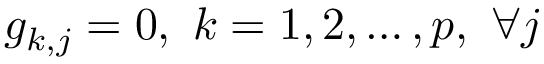
g _ { k , j } = 0 , \ k = 1 , 2 , \ldots , p , \ \forall j